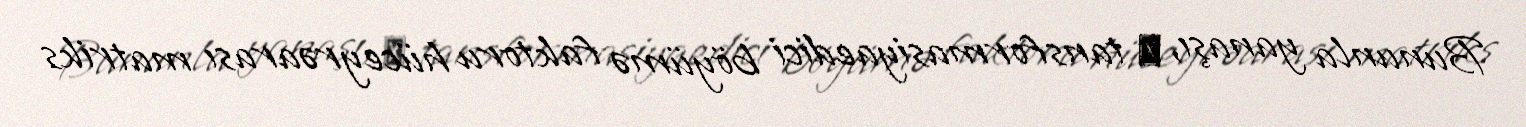
Bununla yanaşı, β tansformasiyaedici böyümə faktoru hüceyrəarası matriks